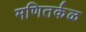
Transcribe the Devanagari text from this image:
मणितर्कळ